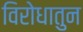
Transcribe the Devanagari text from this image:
विरोधातुन